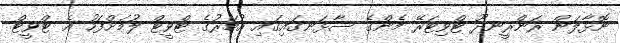
ނޮޅާލަން ރަންރީނދޫ ޓްވިޓަރޭ މެންގެ ސާޅަނގައިގައި އުމަރުގެ ޓްވީޓް ލުމަށްފަހު އެ ޓްވީޓް